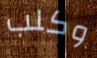
وكلب